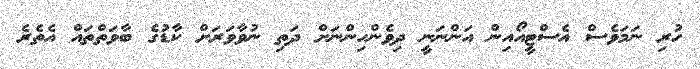
ހުރި ނަމަވެސް އެސްޓީއޯއިން އަންނަނީ ދިވެންހިންނަށް ދަތި ނުވާވަރަށް ކާޑުގެ ބާވަތްތައް އެތެރެ